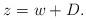
LaTeX: \begin{align*}z=w+D.\end{align*}